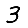
Digit: 3